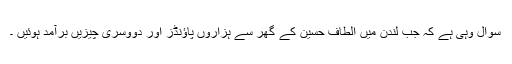
سوال وہی ہے کہ جب لندن میں الطاف حسین کے گھر سے ہزاروں پاؤنڈز اور دووسری چیزیں برآمد ہوئیں ۔